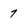
Character: 7